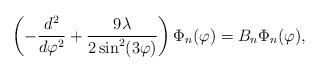
LaTeX: \begin{align*}\left( -\frac{d^{2}}{d\varphi ^{2}}+\frac{9\lambda }{2\sin^{2}(3\varphi )}\right) \Phi_n (\varphi )=B_n\Phi_n (\varphi ), \end{align*}